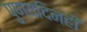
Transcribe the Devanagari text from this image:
पुण्यदिनही